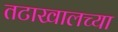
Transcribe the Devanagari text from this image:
तटाखालच्या